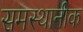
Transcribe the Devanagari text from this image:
समस्थानीक